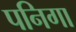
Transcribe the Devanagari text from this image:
पनिगा